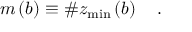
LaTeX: m \left( b \right) \equiv \# z _ { \operatorname * { m i n } } \left( b \right) \quad .